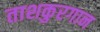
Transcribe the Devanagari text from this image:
ताशकुरगान